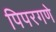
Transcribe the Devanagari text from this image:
पिपरगणे